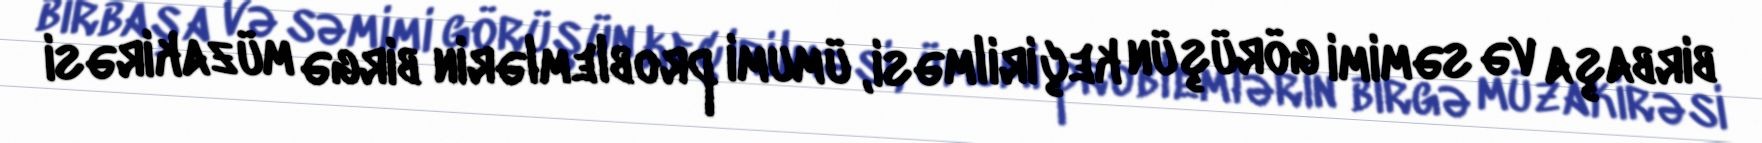
birbaşa və səmimi görüşün keçirilməsi, ümumi problemlərin birgə müzakirəsi